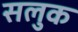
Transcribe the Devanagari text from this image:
सलुक